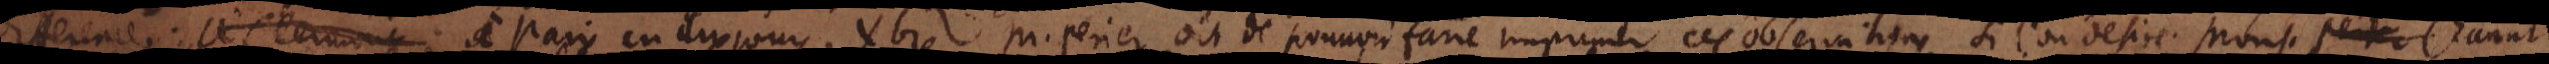
difference à Paris en dix jours. Xbre M. Perier dit de pouuoir faire imprimer ces observations si l’on desire. Mons. Chanut